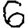
Digit: 6